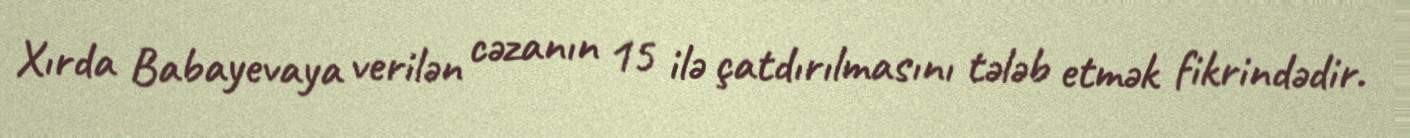
Xırda Babayevaya verilən cəzanın 15 ilə çatdırılmasını tələb etmək fikrindədir.